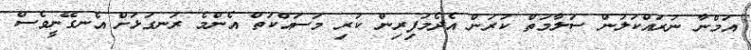
އަމްނާ ނުރައްކަލުން ސަލާމަތް ކުރަން އެދެމަފިރިން ކުރި މަސައްކަތް އެންމެ ރަނގަޅަށް އެނގޭނީވެސް